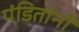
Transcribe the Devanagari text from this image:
पंडितांनीं